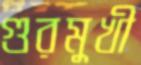
গুরমুখী